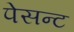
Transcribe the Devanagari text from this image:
पेसन्ट